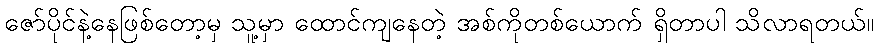
ဇော်ပိုင်နဲ့နေဖြစ်တော့မှ သူ့မှာ ထောင်ကျနေတဲ့ အစ်ကိုတစ်ယောက် ရှိတာပါ သိလာရတယ်။